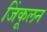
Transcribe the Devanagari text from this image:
जिंकूलन